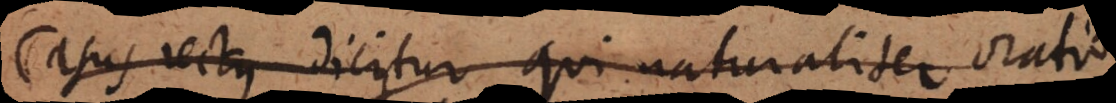
Casus rectus dicitur qui naturaliter oratio